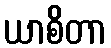
ယာစိတာ